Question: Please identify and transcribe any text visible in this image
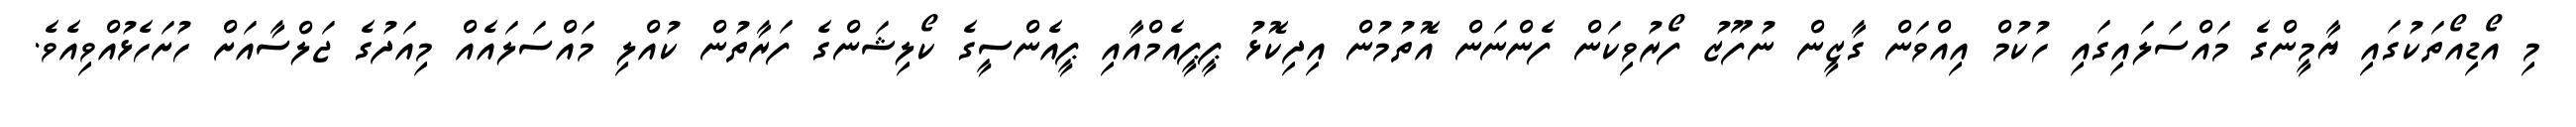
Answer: މި އޯޑިއޯތަކުގައި ޔާމީންގެ މައްސަލައިގައި ހުކުމް އިއްވަން ގާޒީން ނުފޫޒު ފޯރުވިކަން ފެންނަން އޮތުމުން އިދިކޮޅު ޕީޕީއެމްއާއި ޕީއެންސީގެ ކޯލިޝަންގެ ފަރާތުން ކުއްލި މައްސަލައެއް މިއަދުގެ ޖަލްސާއަށް ހުށަހެޅުއްވިއެވެ.